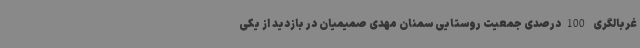
غربالگری 100درصدی جمعیت روستایی سمنان مهدی صمیمیان در بازدید از یکی